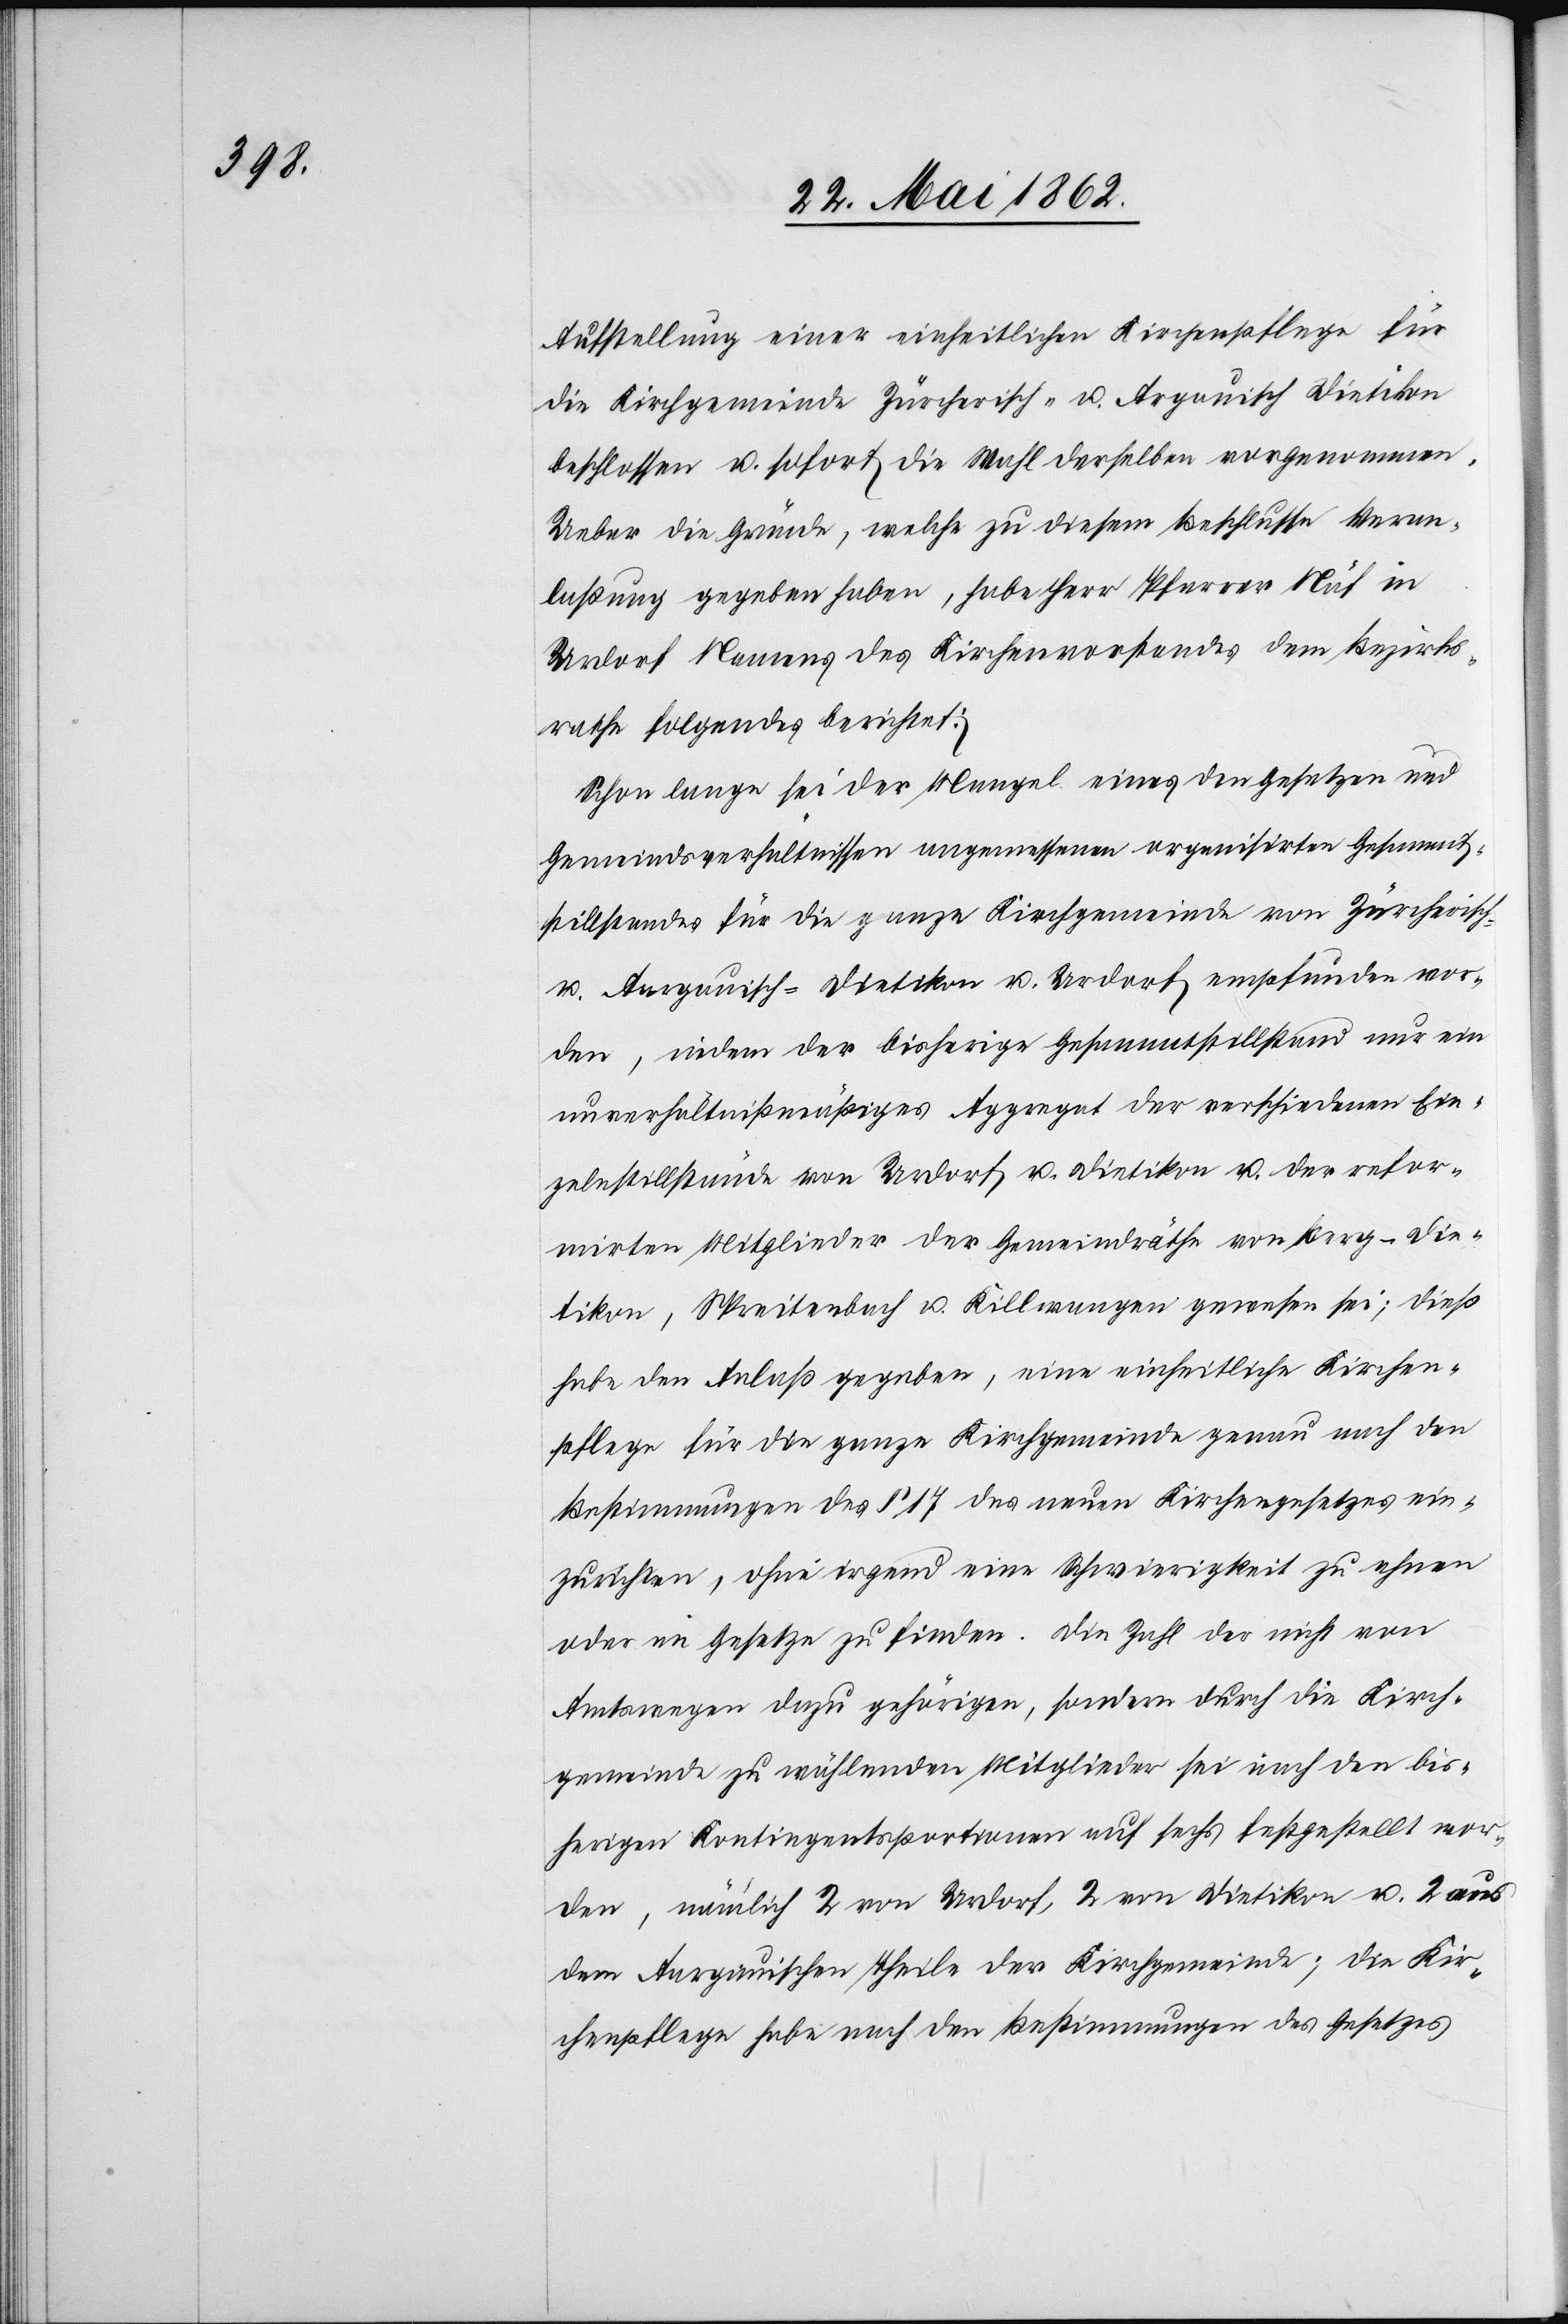
Aufstellung einer einheitlichen Kirchenpflege für
die Kirchgemeinde Zürcherisch- u. Aargauisch Dietikon
beschlossen u. sofort die Wahl derselben vorgenommen.
Ueber die Gründe, welche zu diesem Beschlusse Veran¬
laßung gegeben haben, habe Herr Pfarrer Näf in
Urdorf Namens des Kirchenvorstandes dem Bezirks¬
rathe folgendes berichtet:
Schon lange sei der Mangel eines den Gesetzen und
Gemeindsverhältnissen angemessenen organisirten Gesammts¬
tillstandes für die ganze Kirchgemeinde von Zürcherisch-
u. Aargauisch-Dietikon u. Urdorf empfunden wor¬
den, indem der bisherige Gesammtstillstand nur ein
unverhältnißmäßiges Aggregat der verschiedenen Ein¬
zelnstillstände von Urdorf u. Dietikon u. der refor¬
mirten Mitglieder der Gemeindräthe von Berg-Die¬
tikon, Spreitenbach u. Killwangen gewesen sei, dieß
habe den Anlaß gegeben, eine einheitliche Kirchen¬
pflege für die ganze Kirchgemeinde genau nach den
Bestimmungen des § 17 des neuen Kirchengesetzes ein¬
zurichten, ohne irgend eine Schwierigkeit zu ahnen
oder im Gesetze zu finden. Die Zahl der nicht von
Amtswegen dazu gehörigen, sondern durch die Kirch¬
gemeinde zu wählenden Mitglieder sei nach den bis¬
herigen Kontingentsportionen auf sechs festgestellt wor¬
den, nämlich 2 von Urdorf, 2 von Dietikon u. 2 aus
dem Aargauischen Theile der Kirchgemeinde; die Kir¬
chenpflege habe nach den Bestimmungen des Gesetzes